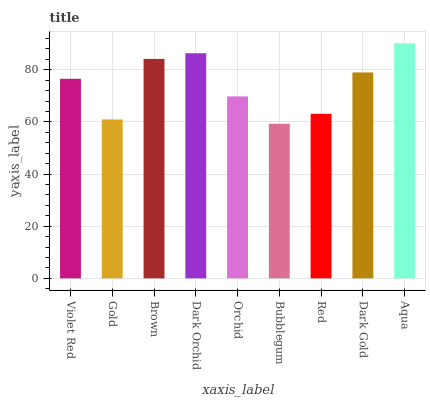
| xaxis_label | bars |
 | --- | --- |
 | Violet Red | 76.5 |
 | Gold | 60.9 |
 | Brown | 84.2 |
 | Dark Orchid | 86.3 |
 | Orchid | 69.8 |
 | Bubblegum | 59.3 |
 | Red | 63.1 |
 | Dark Gold | 79 |
 | Aqua | 90.2 |